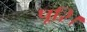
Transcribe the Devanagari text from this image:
पूरि।